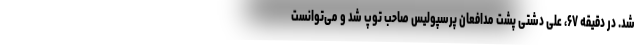
شد. در دقیقه ۶۷، علی دشتی پشت مدافعان پرسپولیس صاحب توپ شد و می‌توانست